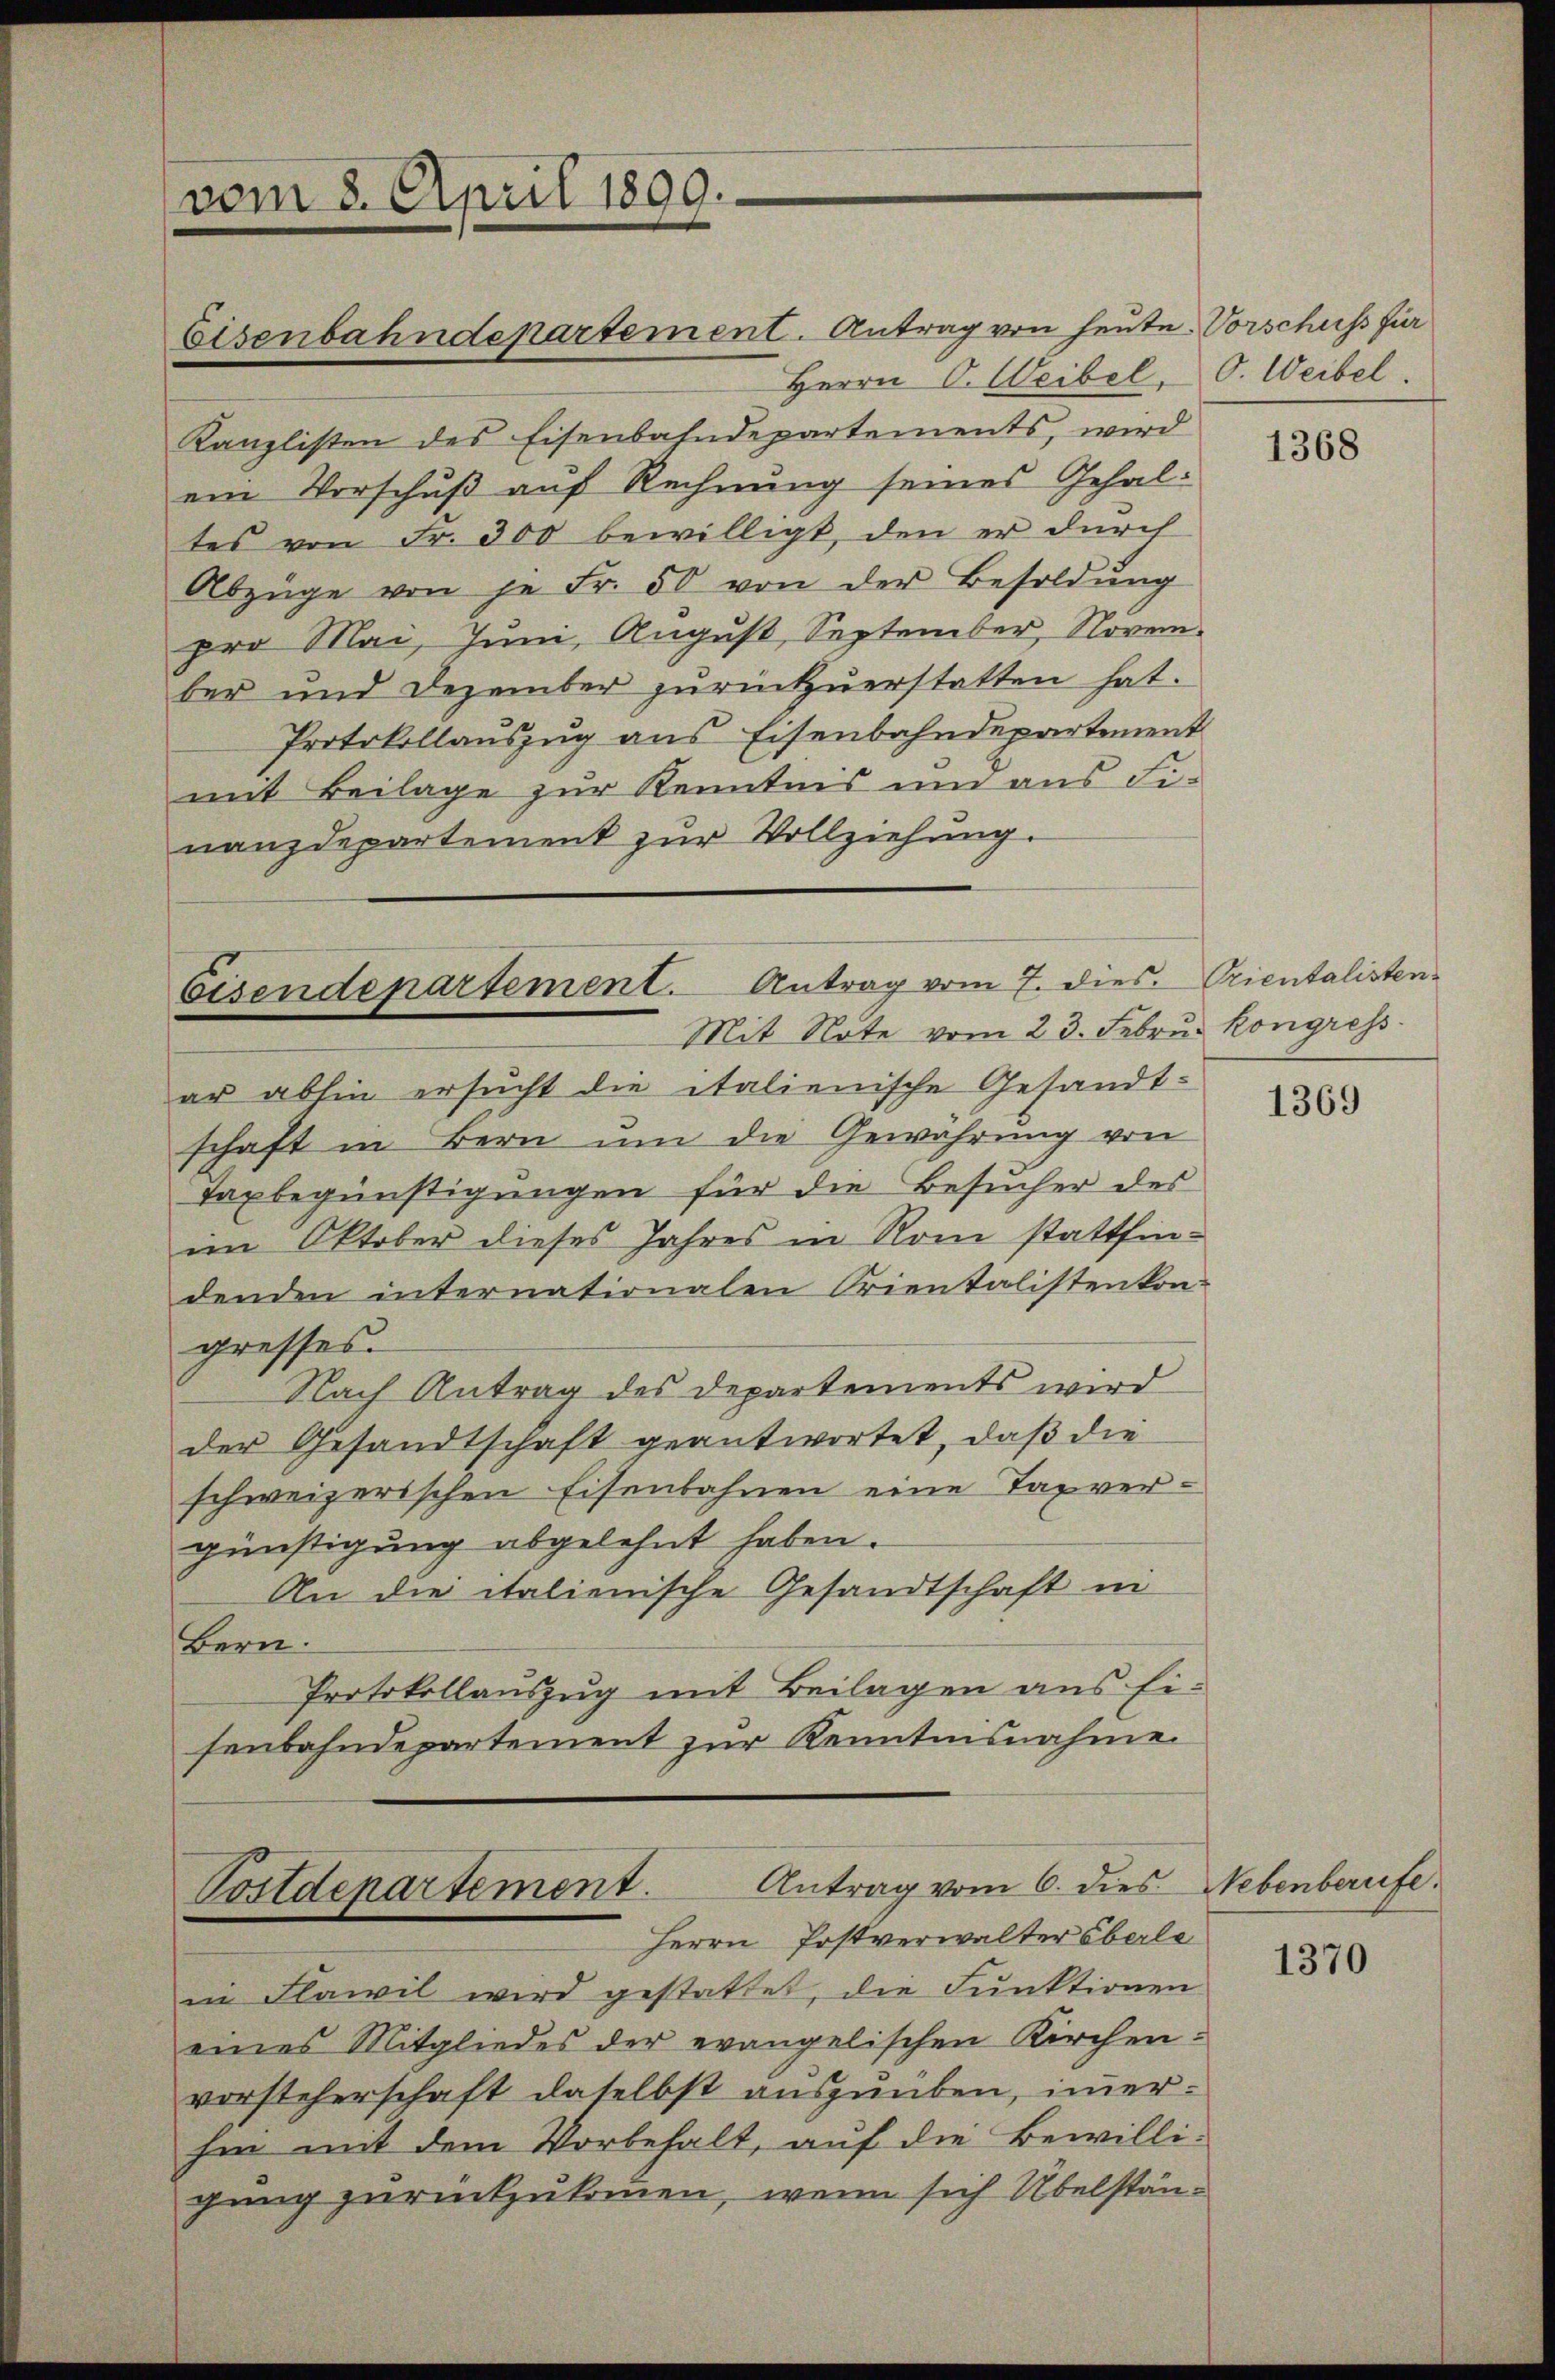
vom 8. April 1899.

ar abhin ersucht die italienische Gesandt-
schaft in Bern um die Gewährung von
Taxbegünstigungen für die Besucher des
im Oktober dieses Jahres in Rom stattfindenden internationalen Orientalisten kon-
gresses.
Nach Antrag des Departements wird
der Gesandtschaft geantwortet, daß die
schweizerischen Eisenbahnen eine Tag vergünstigung abgelehnt haben.
An die italienische Gesandtschaft in
Bern.
Protokollauszug mit Beilagen aus Eisenbahndepartement zur Kenntnisnahme

Eisenbahndepartement. Antrag von heute Vorschuss für
Herrn C. Weibel, O. Weibel.
Kanzlisten des Eisenbahndepartements, wird
ein Vorschuß auf Rechnung seines Gehaltes von Fr. 300 bewilligt, den er durch
Abzüge von je Fr. 50 von der Besoldŭng
pro Mai, Juni, August, September, November und Dezember zurückzuerstatten hat.
Protokollauszug aus Eisenbahndepartement
mit Beilage zur Kenntnis um aus Finanzdepartement zur Vollziehung.

Eisendepartement. Antrag vom 7. dies. Orientalisten
Mit Note vom 23. Febru. Kongress

in Flawil wird gestattet, die Funktionen
eines Mitgliedes der evangelischen Kirchen-
vorsteherschaft daselbst auszuüben, immerhin mit dem Vorbehalt, auf die Bewilli-
gung zurückzukommen, wenn sich Übelstän¬

Antrag vom 6. dies Nebenberufe.
Postdepartement.
Herrn Postverwalter Oberle

1368

1369

1370